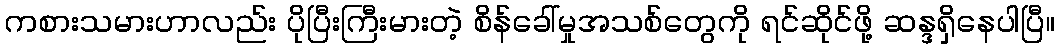
ကစားသမားဟာလည်း ပိုပြီးကြီးမားတဲ့ စိန်ခေါ်မှုအသစ်တွေကို ရင်ဆိုင်ဖို့ ဆန္ဒရှိနေပါပြီ။